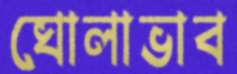
ঘোলাভাব